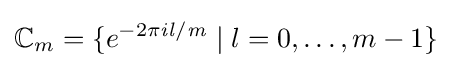
\mathbb {C} _{m}=\{e^{-2\pi {\mathit {i}}{\mathit {l}}/{\mathit {m}}}\mid l=0,\dots ,m-1\}